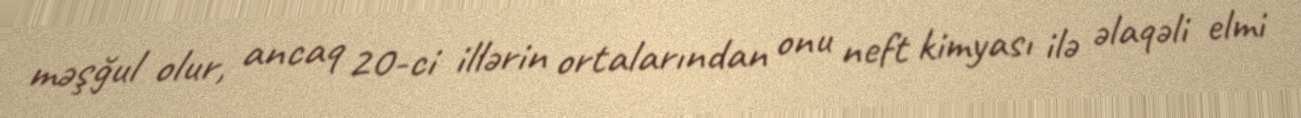
məşğul olur, ancaq 20-ci illərin ortalarından onu neft kimyası ilə əlaqəli elmi